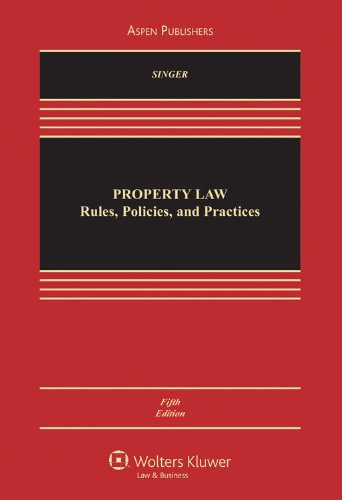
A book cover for Property Law: Rules, Policies and Practices, 5th Edition; Joseph William Singer; Law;